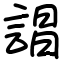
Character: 誯